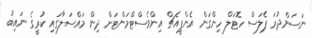
ނަސަންދުރަ ޕެލަސް ހޮޓަލް ހިންގަން އެންޕީއެޗް އިންވެސްޓްމަންޓަށް ދިން މައްސަލާގައި ކުރީގެ ނައިބު